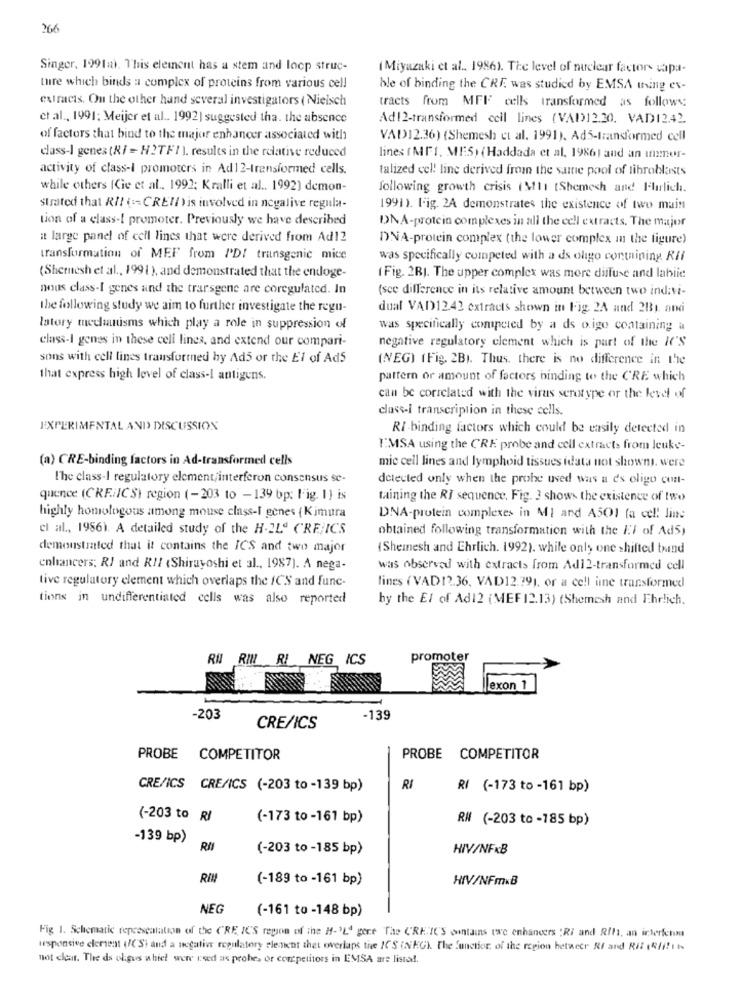
266
Singer, 1991m). This element has a stem and loop struc-
(Miyazaki et al .. 1986). The level of nuclear factor- capa-
tre which binds a complex of proteins from various cell
ble of binding the CRF was studied by EMSA wing ex-
extracts. On the other hand several investigators ( Nieisch
tracts from MFF cells transformed as follows:
et al ., 1991; Meijer et al .. 1992] suggested tha. the absence
Ad12-transformed cell lines (VAD)12.30. VAD1242
of factors that bind to the major enhancer associated with
VAD12.36) (Shemesh et al. 1991). Ad5-transformed cell
class-1 genes (Ri = H2TF1 ). results in the relative reduced
lines ( MTI, MES) (Haddada et al. 1986) and an inner-
activity of class-l promoters in Ad12-transformed cells.
talized cel! line derived from the same pool of fibroblasts
while others (Cie et al .. 1992; Kralli et al .. 1992) demon-
following growth crisis (M11 tShemesh and Flirlich.
strated that RI! (CREIL is involved in negalive regula-
1991). Fig. 2A demonstrates the existence of two main
tion of a class-[ promoter. Previously we have described
DNA-protein complexes in all the cell extracts. The major
it large panel of cell lines that were derived from Ad12
DNA-protein complex (the lower complex in the figure)
transformation of MEF from PDI transgenic mice
was specifically competed with a ds oligo containing. Rif
(Shemesh et al ., 199 1 ), and demonstrated that the endoge-
(Fig. 2R). The upper complex was more diffuse and labiid
nous class-I genes and the trarsgene are coregulated. In
(sce difference in its relative amount between two indivi-
the following study we aim to further investigate the regu-
dual VAD12.42 extracts shown in Fig. 2A and 2B1. ati
latory mechanisms which play a role in suppression of
was specifically competed by a ds o.ige containing a
class-I genes in these cell lines, and extend our compari-
negative regulatory clement which is part of the IC'S
sons with cell lines transformed hy Ad5 or the El of Ads
(NEG) (Fig. 2B). Thus. there is no difference in the
that express high level of class-1 antigens.
pattern or amount of factors binding to the CRE which
can be correlated with the virus serotype or the level of
class-i transcription in these cells.
EXPERIMENTAL AND DISCUSSION
RI-binding factors which could be easily detected in
I'MSA using the CRE probe and cell extracts from leuke-
(a) CRE-binding factors in Ad-transformed cells
mie cell lines and lymphoid tissues idata not showny. were
The class-I regulatory element;interferon consensus se-
detected only when the probe used was a d's oligo con-
quence (CRF./IC S) region (-203 to -139 bp: lig. 1} is
taining the RI sequence. Fig. 3 shows the existence of two
highly homologous among mouse class-I genes ( Kimura
DNA-protein complexes in MI and A501 (a cel: line
el al ., 19861. A detailed study of the H-2L" CRE/ICS
obtained following transformation with the El of Ad5,
demonstrated that it contains the ICS and two major
(Shemesh and Ehrlich. 1992). while only one shifted band
enhancers; R/ and RI! ‹Shirayoshi et al ., 1987). A nega-
was observed with extracts from Adi2-transformed cell
tive regulatory element which overlaps the ICS and func-
fines (VAD12.36, VAD12.791, or a cell inne transformed
tions in undifferentiated cells was also reported
by the El of Ad12 (MEF 12.13) (Shemesh and Ehrlich.
RU RIMI RI NEG ICS
promoter
exon 1
-203
-139
CRE/ICS
PROBE COMPETITOR
PROBE COMPETITOR
CRE/ICS CREAICS (-203 to -139 bp)
RI
RI (-173 to -161 bp)
(-203 to RI
(-173 to -161 bp)
RN (-203 to -185 bp)
-139 bp)
RII
(-203 to -185 bp)
HIV/NFxB
RIN
(-189 to -161 bp)
HIV/NFmxB
NEG
(-161 to -148 bp)
Fig 1. Schematic representation of the CRE ICS region of the H-'L' pere The CRENIC'S contains two enhancers Ri and Rita, an interferon
usponsive element (/('Si and a negative regulatory element thet overlaps the ICS (NEGY The functor, of the region hetweer Rf and Rit IRli!IN
not clear. The ds oligos which were used as prohe, or competitors in EMSA are listed.